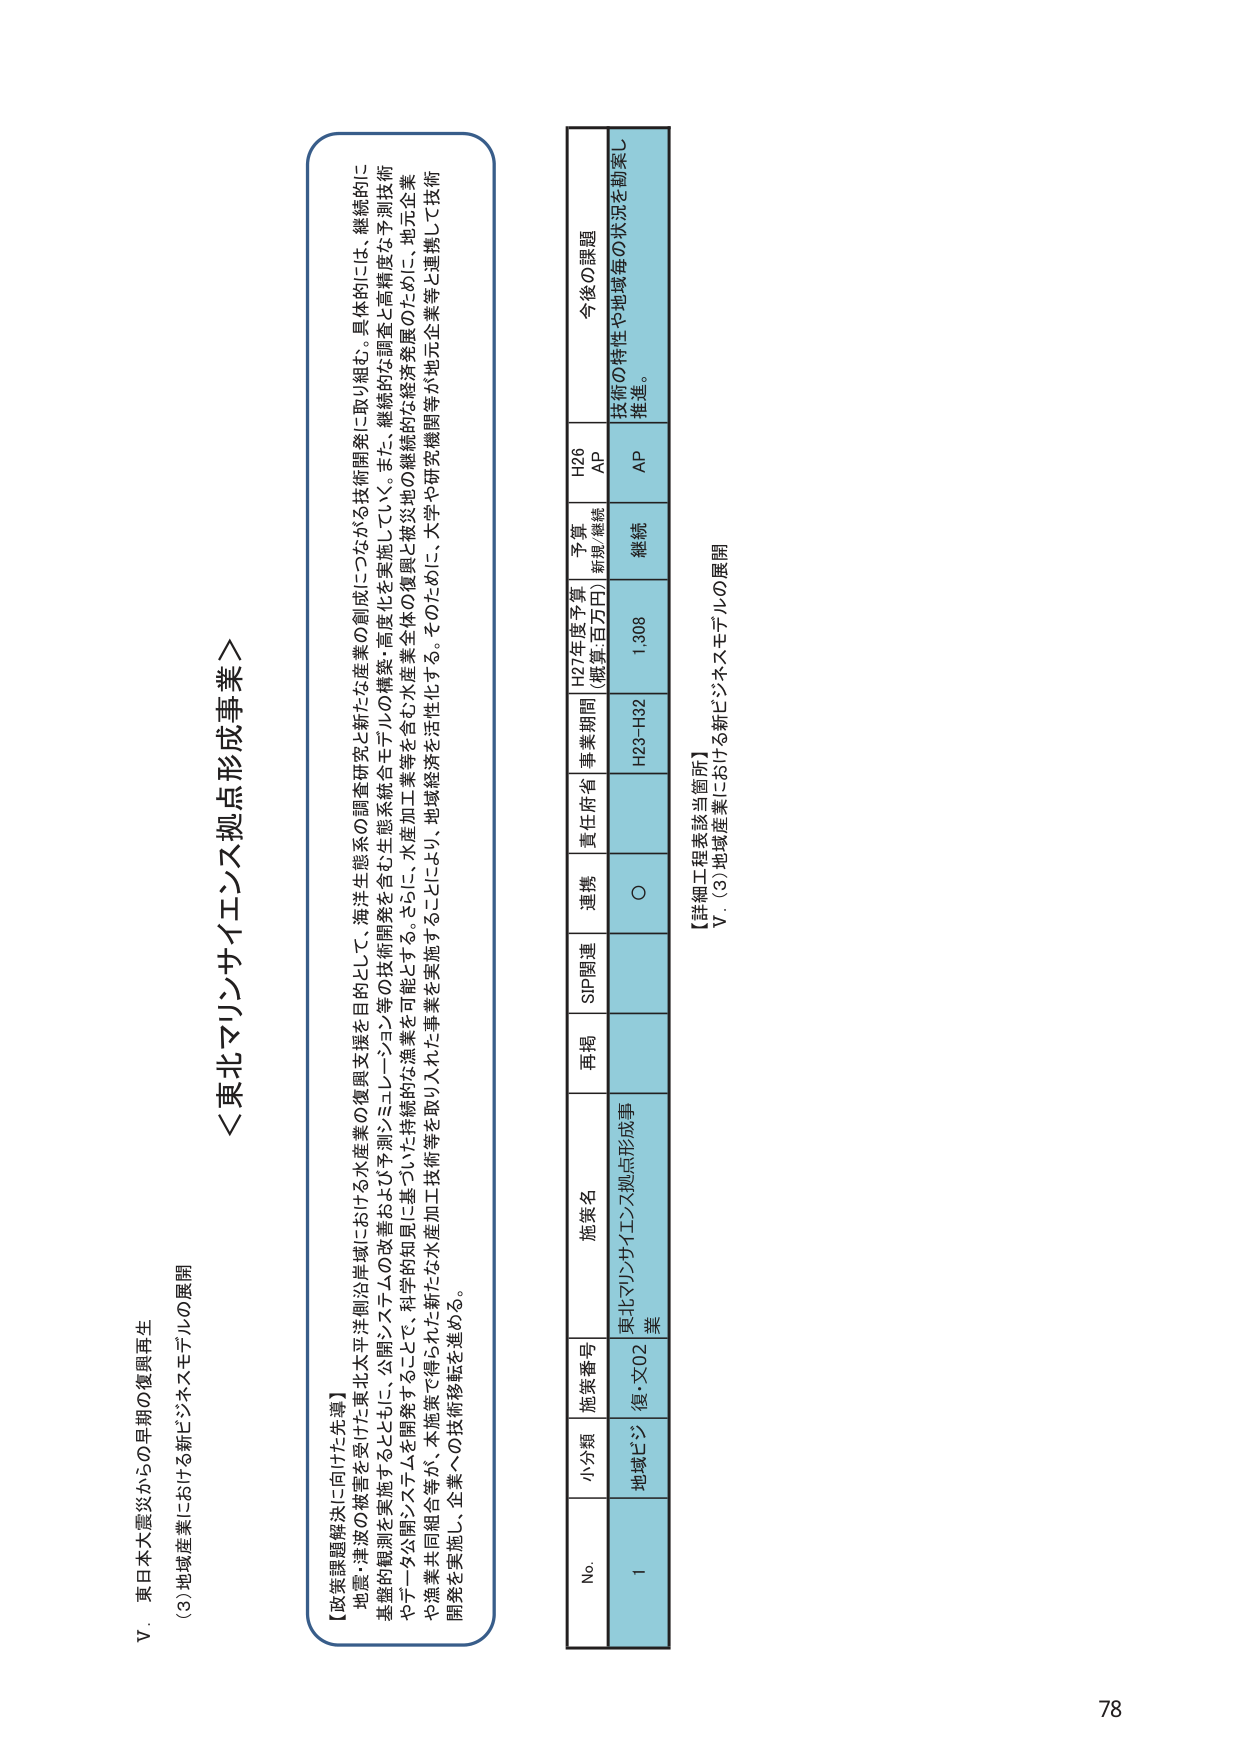
V．東日本大震災からの早期の復興再生
(3) 地域産業における新ビジネスモデルの展開

＜東北マリンサイエンス拠点形成事業＞

【政策課題解決に向けた先導】
地震・津波の被害を受けた東北太平洋側沿岸域における水産業の復興支援を目的として、海洋生態系の調査研究と新たな産業の創成につながる技術開発に取り組む。具体的には、継続的に
基盤的観測の実施するとともに、公開システムを構築するなどして、科学的知見に基づいた持続的な漁業を可能とする。さらに、水産加工業等を含む水産業全体の復興と被災地の継続的な調査と高精度な予測技術
やデータ公開システムを開発することにより、本施策で得られた新たな水産加工技術等を取り入れた事業を実施することにより、地域経済を活性化する。そのために、大学や研究機関等が地元企業等と連携して技術
開発を実施し、企業への技術移転を進める。

No. 小分類 施策番号 施策名 再掲 SIP関連 連携 責任府省 事業期間 H27年度予算
(概算:百万円) 予算 新規/継続 H26 AP 今後の課題
1 地域ビジ ネス 復・文02 東北マリンサイエンス拠点形成事 業 ○ H23-H32 1,308 継続 AP 技術の特性や地域毎の状況を勘案し 推進。

【詳細工程表該当箇所】
V．(3) 地域産業における新ビジネスモデルの展開

78